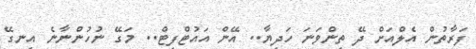
ފަރާތުން އެލްއަށް ދޭ ތިންވަނަ ހަދިޔާ.. އޭން އައުޓްފިޓް.. މަގޭ ނުހުންނާނެ އިނގޭ